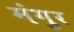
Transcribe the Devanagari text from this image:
मंगुर